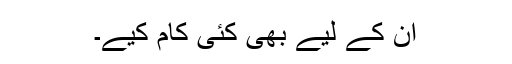
ان کے لیے بھی کئی کام کیے۔